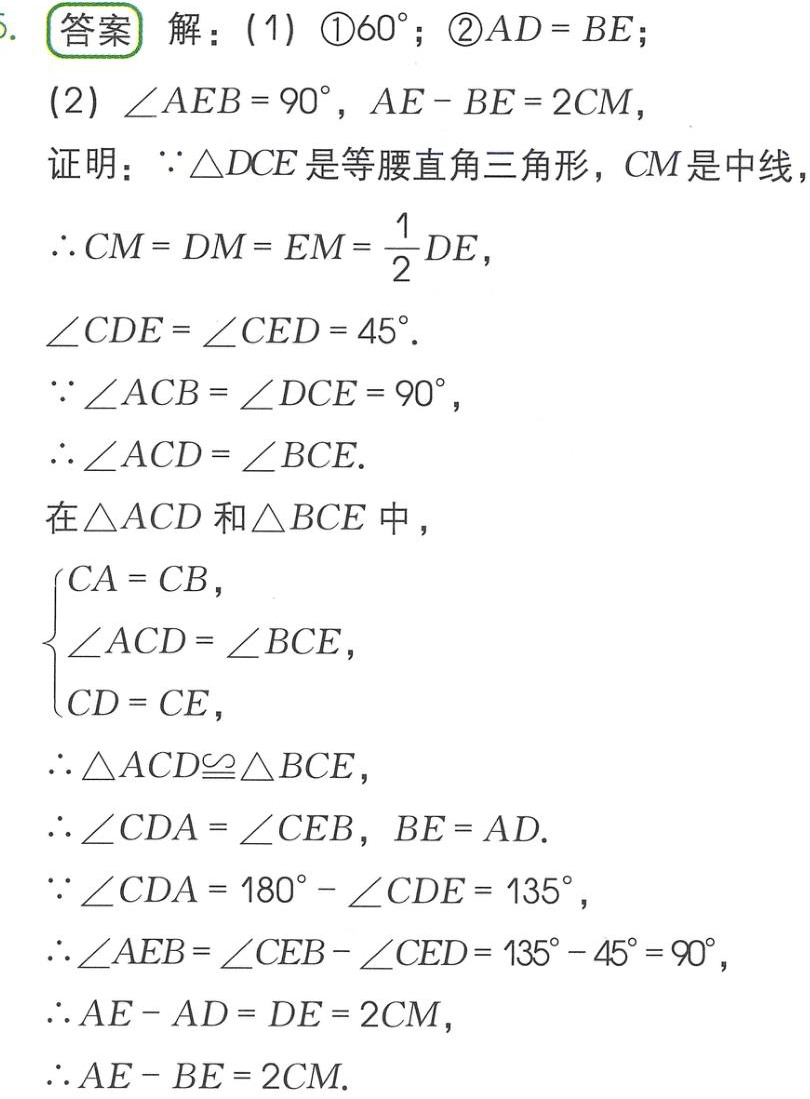
\(
\begin{align*}
& \text{答案 解：(1) }\textcircled{1}60^{\circ}；\textcircled{2}AD = BE；\\
& (2)\angle AEB = 90^{\circ}，AE - BE = 2CM，\\
& \text{证明：} \because \triangle DCE\text{ 是等腰直角三角形，}CM\text{ 是中线，}\\
& \therefore CM = DM = EM=\frac{1}{2}DE，\\
& \angle CDE=\angle CED = 45^{\circ}.\\
& \because \angle ACB=\angle DCE = 90^{\circ}，\\
& \therefore \angle ACD=\angle BCE.\\
& \text{在 }\triangle ACD\text{ 和 }\triangle BCE\text{ 中，}\\
& \begin{cases}
CA = CB，\\
\angle ACD=\angle BCE，\\
CD = CE，
\end{cases}\\
& \therefore \triangle ACD\cong\triangle BCE，\\
& \therefore \angle CDA=\angle CEB，BE = AD.\\
& \because \angle CDA = 180^{\circ}-\angle CDE = 135^{\circ}，\\
& \therefore \angle AEB=\angle CEB-\angle CED = 135^{\circ}-45^{\circ}=90^{\circ}，\\
& \therefore AE - AD = DE = 2CM，\\
& \therefore AE - BE = 2CM.\\
& \therefore AE - BE = 2CM.
\end{align*}
\)